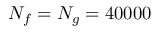
N _ { f } = N _ { g } = 4 0 0 0 0